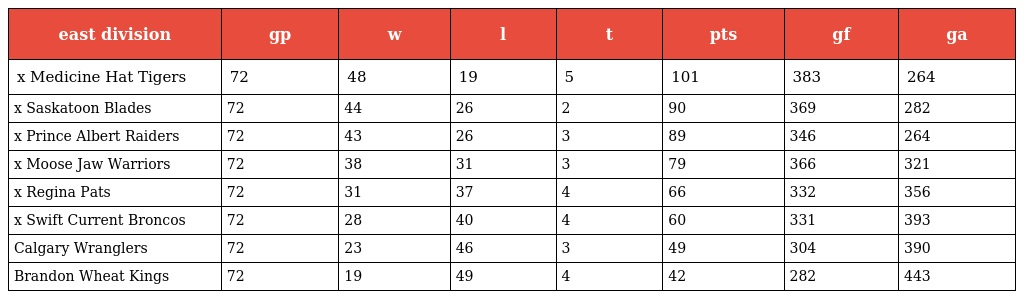
| east division | gp | w | l | t | pts | gf | ga |
 | --- | --- | --- | --- | --- | --- | --- | --- |
 | x Medicine Hat Tigers | 72 | 48 | 19 | 5 | 101 | 383 | 264 |
 | x Saskatoon Blades | 72 | 44 | 26 | 2 | 90 | 369 | 282 |
 | x Prince Albert Raiders | 72 | 43 | 26 | 3 | 89 | 346 | 264 |
 | x Moose Jaw Warriors | 72 | 38 | 31 | 3 | 79 | 366 | 321 |
 | x Regina Pats | 72 | 31 | 37 | 4 | 66 | 332 | 356 |
 | x Swift Current Broncos | 72 | 28 | 40 | 4 | 60 | 331 | 393 |
 | Calgary Wranglers | 72 | 23 | 46 | 3 | 49 | 304 | 390 |
 | Brandon Wheat Kings | 72 | 19 | 49 | 4 | 42 | 282 | 443 |